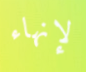
لإنهاء